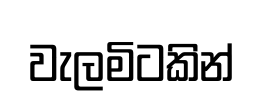
වැලමිටකින්